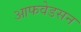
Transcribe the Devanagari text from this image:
आफवेडसन